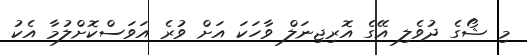
މި ޝޯގެ ދުވެލި އޭގެ އޮރިޖިނަލް ވާހަކަ އަށް ވުރެ އަވަސްކޮށްލުމާ އެކު